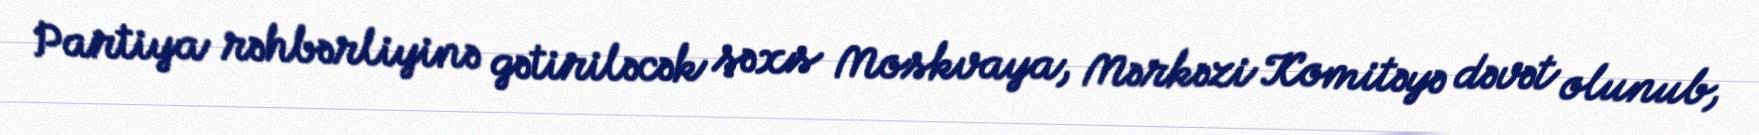
Partiya rəhbərliyinə gətiriləcək şəxs Moskvaya, Mərkəzi Komitəyə dəvət olunub,